Report on horse surra - Volume II, Part I
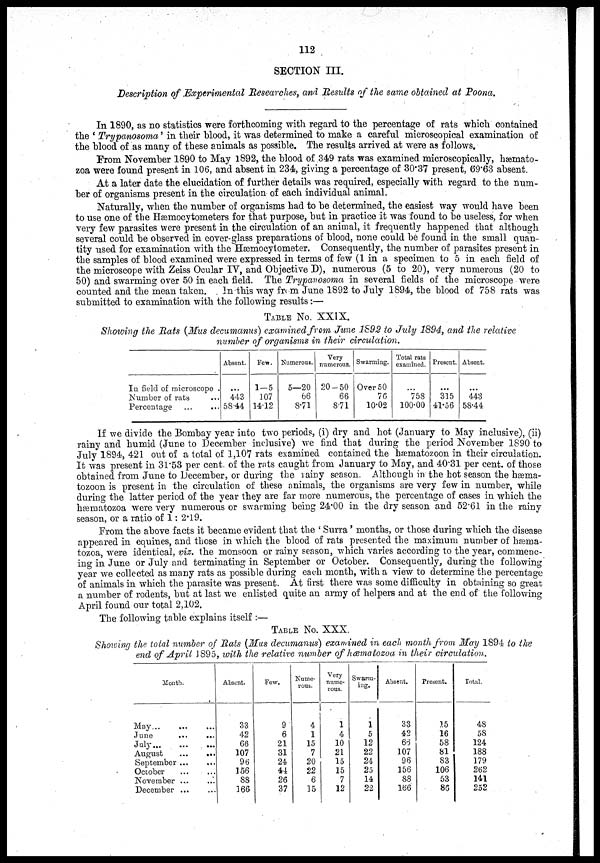
112
SECTION III.
Description of Experimental Researches, and Results of the same obtained at Poona.
In 1890, as no statistics were forthcoming with regard to the percentage of rats which contained
the 'Trypanosoma' in their blood, it was determined to make a careful microscopical examination of
the blood of as many of these animals as possible. The results arrived at were as follows.
From November 1890 to May 1892, the blood of 349 rats was examined microscopically, hæmato-
zoa were found present in 106, and absent in 234, giving a percentage of 30.37 present, 69.63 absent.
At a later date the elucidation of further details was required, especially with regard to the num-
ber of organisms present in the circulation of each individual animal.
Naturally, when the number of organisms had to be determined, the easiest way would have been
to use one of the Hæmocytometers for that purpose, but in practice it was found to be useless, for when
very few parasites were present in the circulation of an animal, it frequently happened that although
several could be observed in cover-glass preparations of blood, none could be found in the small quan-
tity used for examination with the Hæmocytometer. Consequently, the number of parasites present in
the samples of blood examined were expressed in terms of few (1 in a specimen to 5 in each field of
the microscope with Zeiss Ocular IV, and Objective D), numerous (5 to 20), very numerous (20 to
50) and swarming over 50 in each field. The Trypanosoma in several fields of the microscope were
counted and the mean taken.
In this way from June 1892 to July 1894, the blood of 758 rats was
submitted to examination with the following results:—
TABLE No. XXIX.
Showing the Rats (Mus decumanus) examined from June 1892 to July 1894, and the relative
number of organisms in their circulation.
In field of microscope .
Number of rats
Percentage
...
...
Absent.
...
443
58.44
Few.
1—5
107
14.12
Numerous.
5—20
66
8.71
Very
numerous.
20—50
66
8.71
Swarming.
Over 50
76
10.02
Total rats
examined.
...
758
100.00
Present.
...
315
41.56
Absent.
...
443
5844
If we divide the Bombay year into two periods, (i) dry and hot (January to May inclusive), (ii)
rainy and humid (June to December inclusive) we find that during the period November 1890 to
July 1894, 421 out of a total of 1,107 rats examined contained the hæmatozoon in their circulation.
It was present in 31.53 per cent. of the rats caught from January to May, and 40.31 per cent. of those
obtained from June to December, or during the rainy season. Although in the hot season the hæma-
tozoon is present in the circulation of these animals, the organisms are very few in number, while
during the latter period of the year they are far more numerous, the percentage of cases in which the
hæmatozoa were very numerous or swarming being 24.00 in the dry season and 52.61 in the rainy
season, or a ratio of 1: 2.19.
From the above facts it became evident that the ' Surra' months, or those during which the disease
appeared in equines, and those in which the blood of rats presented the maximum number of hæma-
tozoa, were identical, viz. the monsoon or rainy season, which varies according to the year, commenc-
ing in June or July and terminating in September or October. Consequently, during the following
year we collected as many rats as possible during each month, with a view to determine the percentage
of animals in which the parasite was present. At first there was some difficulty in obtaining so great
a number of rodents, but at last we enlisted quite an army of helpers and at the end of the following
April found our total 2,102.
The following table explains itself :—
TABLE No.
XXX.
Showing the total number of Rats (Mus decumanus) examined in each month from May 1894 to the
end of April 1895, with the relative number of hæmatozoa in their circulation.
Month.
May...
June
...
...
July...
August
September ...
October
November ....
December ...
Absent.
33
42
66
107
96
156
88
166
Few.
9
6
21
31
24
44
26
37
Nume¬
rous.
4
1
15
7
20
22
6
15
Very
nume-
rous.
1
4
10
21
15
15
7
12
Swarm-
ing.
1
5
12
22
24
25
14
22
Absent.
33
42
66
107
96
156
88
166
Present.
15
16
58
81
83
106
53
86
Total.
48
58
124
188
179
262
141
252